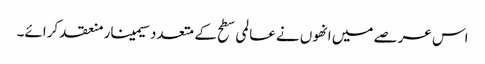
اس عرصے میں انھوں نے عالمی سطح کے متعدد سیمینار منعقد کرائے۔